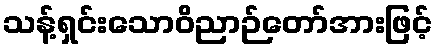
သန့်ရှင်းသောဝိညာဉ်တော်အားဖြင့်